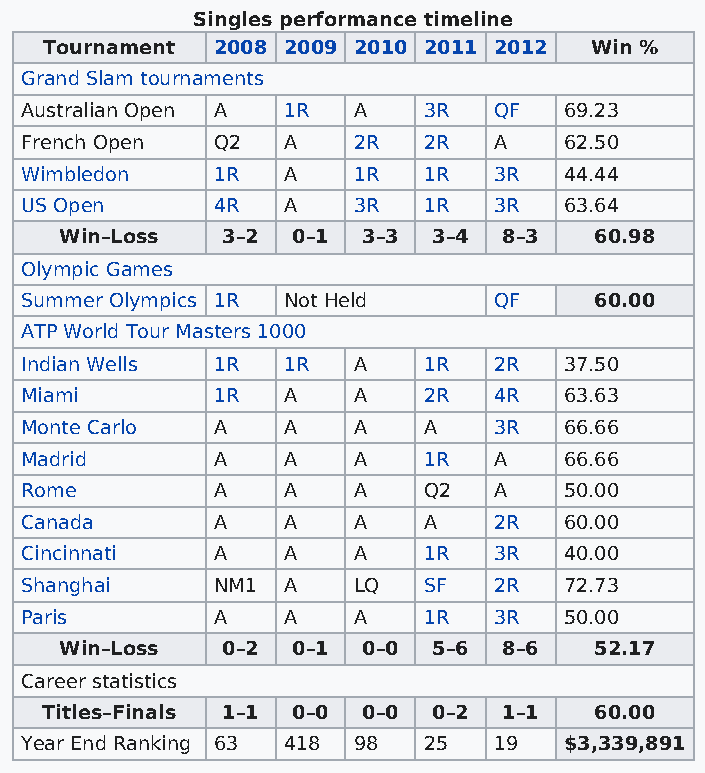
Singles performance timeline
 Tournament 2008 2009 2010 2011 2012 Win %
 Grand Slam tournaments
 Australian Open A 1R  A    3R   QF  69.23
 French Open  Q2   A   2R   2R   A   62.50
 Wimbledon    1R   A   1R   1R   3R  44.44
 US Open      4R   A   3R   1R   3R  63.64
 Win–Loss   3–2 0–1  3–3  3–4 8–3   60.98
 Olympic Games
 Summer Olympics 1R Not Held     QF    60.00
 ATP World Tour Masters 1000
 Indian Wells 1R   1R  A    1R   2R  37.50
 Miami        1R   A   A    2R   4R  63.63
 Monte Carlo  A    A   A    A    3R  66.66
 Madrid       A    A   A    1R   A   66.66
 Rome         A    A   A    Q2   A   50.00
 Canada       A    A   A    A    2R  60.00
 Cincinnati   A    A   A    1R   3R  40.00
 Shanghai     NM1  A   LQ   SF   2R  72.73
 Paris        A    A   A    1R   3R  50.00
 Win–Loss   0–2 0–1  0–0  5–6 8–6   52.17
 Career statistics
 Titles–Finals 1–1 0–0 0–0 0–2 1–1   60.00
 Year End Ranking 63 418 98 25   19  $3,339,891